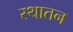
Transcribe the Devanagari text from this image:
स्थातन